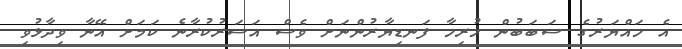
އެ ހައްޔަރުގެ ސަބަބުން ހުރިހާ ފަނޑިޔާރުންނަށް ވެސް އަސަރުކުރާނެ ކަމަށް އޭނާ ވިދާޅުވި